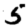
Digit: 5